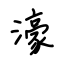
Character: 濠